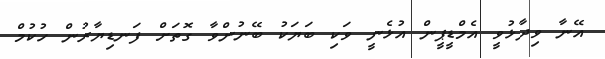
އޭނާ ވިދާޅުވީ އެމްޑީޕީން އުޅެނީ ވަކި ބަޔަކު ބޭނުންވާ ގޮތަށް ފަނޑިޔާރުން ހުކުމް